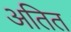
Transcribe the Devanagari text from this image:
अतित